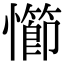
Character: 㦢